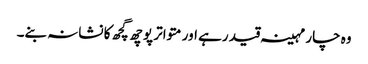
وہ چار مہینہ قید رہے اور متواتر پوچھ گچھ کا نشانہ بنے۔